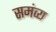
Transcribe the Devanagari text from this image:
समंव्य